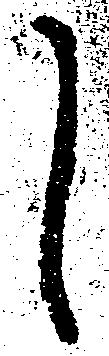
し